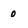
Character: 0